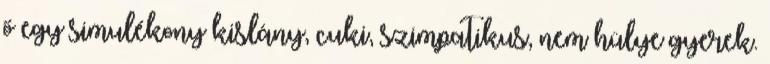
ő egy simulékony kislány, cuki, szimpatikus, nem hülye gyerek.